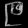
Digit: ၉